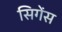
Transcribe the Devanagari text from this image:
सिगेंस